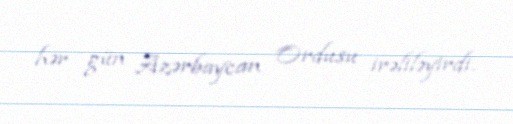
hər gün Azərbaycan Ordusu irəliləyirdi.